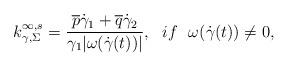
LaTeX: \begin{align*}k_{\gamma,\Sigma}^{\infty,s}=\frac{\overline{p}\dot{\gamma}_1+\overline{q}\dot{\gamma}_2}{\gamma_1|\omega(\dot{\gamma}(t))|},~~if ~~\omega(\dot{\gamma}(t))\neq 0,\end{align*}